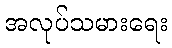
အလုပ်သမားရေး